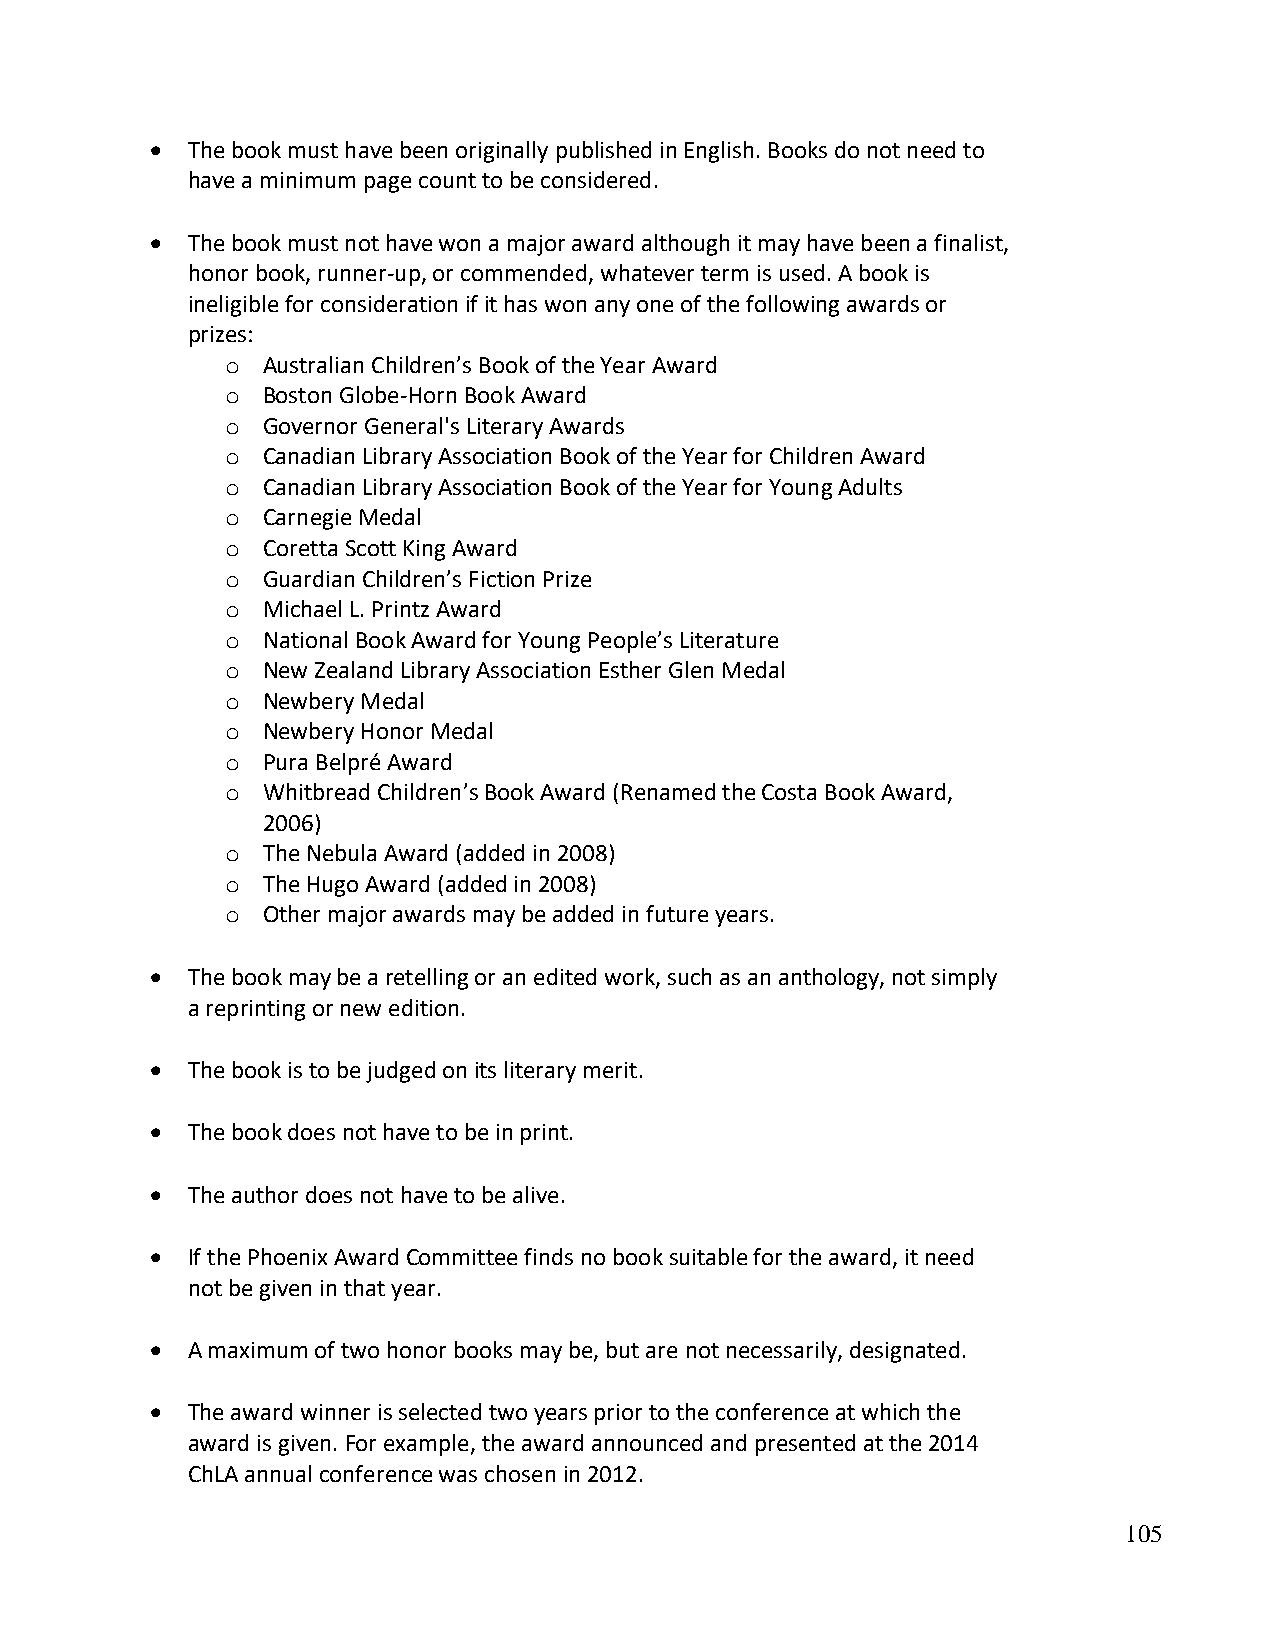
• The book must have been originally published in English. Books do not need to
 have a minimum page count to be considered.
 • The book must not have won a major award although it may have been a finalist,
 honor book, runner-up, or commended, whatever term is used. A book is
 ineligible for consideration if it has won any one of the following awards or
 prizes:
 o Australian Children’s Book of the Year Award
 o Boston Globe-Horn Book Award
 o Governor General's Literary Awards
 o Canadian Library Association Book of the Year for Children Award
 o Canadian Library Association Book of the Year for Young Adults
 o Carnegie Medal
 o Coretta Scott King Award
 o Guardian Children’s Fiction Prize
 o Michael L. Printz Award
 o National Book Award for Young People’s Literature
 o New Zealand Library Association Esther Glen Medal
 o Newbery Medal
 o Newbery Honor Medal
 o Pura Belpré Award
 o Whitbread Children’s Book Award (Renamed the Costa Book Award,
 2006)
 o The Nebula Award (added in 2008)
 o The Hugo Award (added in 2008)
 o Other major awards may be added in future years.
 • The book may be a retelling or an edited work, such as an anthology, not simply
 a reprinting or new edition.
 • The book is to be judged on its literary merit.
 • The book does not have to be in print.
 • The author does not have to be alive.
 • If the Phoenix Award Committee finds no book suitable for the award, it need
 not be given in that year.
 • A maximum of two honor books may be, but are not necessarily, designated.
 • The award winner is selected two years prior to the conference at which the
 award is given. For example, the award announced and presented at the 2014
 ChLA annual conference was chosen in 2012.
 105